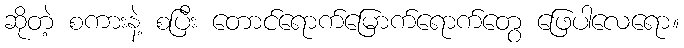
ဆိုတဲ့ စကားနဲ့ စပြီး တောင်ရောက်မြောက်ရောက်တွေ ဖြေပါလေရော။